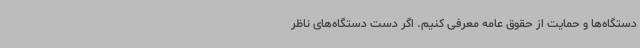
دستگاه‌ها و حمایت از حقوق عامه معرفی کنیم. اگر دست دستگاه‌های ناظر